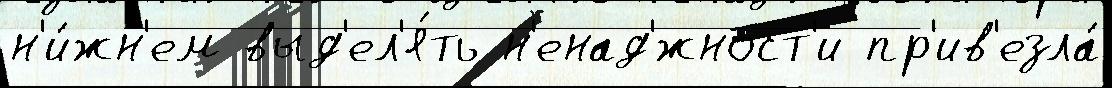
н'и́жн'ем выд'ел'я́ть н'енад'́жност'и пр'ив'езла́